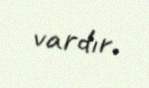
vardır.